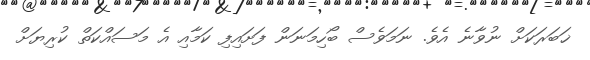
ޚަބަރަކަށް ނުވާނެ އެވެ. ނަމަވެސް ބޯހިމަނަން ފަށައިފި ކަމާއި އެ މަސައްކަތް ކުރިޔަށް